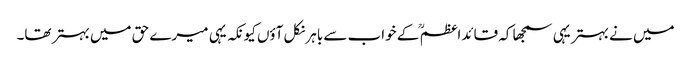
میں نے بہتر یہی سمجھا کہ قائداعظم ؒ کے خواب سے باہر نکل آؤں کیونکہ یہی میرے حق میں بہتر تھا۔